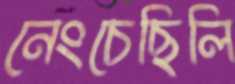
নেংচেছিলি